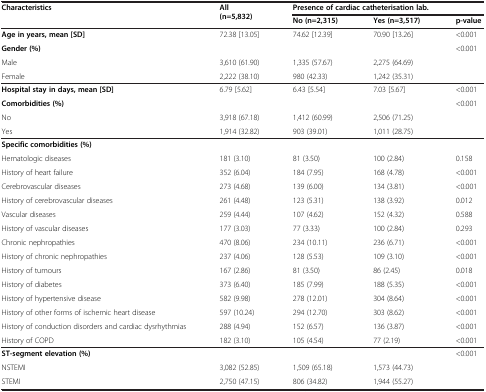
<table><thead><tr><td rowspan="2"><b>Characteristics</b></td><td rowspan="2"><b>All (n=5,832)</b></td><td colspan="3"><b>Presence of cardiac catheterisation lab.</b></td></tr><tr><td><b>No (n=2,315)</b></td><td><b>Yes (n=3,517)</b></td><td><b>p-value</b></td></tr></thead><tbody><tr><td><b>Age in years, mean [SD]</b></td><td>72.38 [13.05]</td><td>74.62 [12.39]</td><td>70.90 [13.26]</td><td>&lt;0.001</td></tr><tr><td><b>Gender (%)</b></td><td> </td><td> </td><td> </td><td>&lt;0.001</td></tr><tr><td>Male</td><td>3,610 (61.90)</td><td>1,335 (57.67)</td><td>2,275 (64.69)</td><td> </td></tr><tr><td>Female</td><td>2,222 (38.10)</td><td>980 (42.33)</td><td>1,242 (35.31)</td><td> </td></tr><tr><td><b>Hospital stay in days, mean [SD]</b></td><td>6.79 [5.62]</td><td>6.43 [5.54]</td><td>7.03 [5.67]</td><td>&lt;0.001</td></tr><tr><td><b>Comorbidities (%)</b></td><td> </td><td> </td><td> </td><td>&lt;0.001</td></tr><tr><td>No</td><td>3,918 (67.18)</td><td>1,412 (60.99)</td><td>2,506 (71.25)</td><td> </td></tr><tr><td>Yes</td><td>1,914 (32.82)</td><td>903 (39.01)</td><td>1,011 (28.75)</td><td> </td></tr><tr><td><b>Specific comorbidities (%)</b></td><td> </td><td> </td><td> </td><td> </td></tr><tr><td>Hematologic diseases</td><td>181 (3.10)</td><td>81 (3.50)</td><td>100 (2.84)</td><td>0.158</td></tr><tr><td>History of heart failure</td><td>352 (6.04)</td><td>184 (7.95)</td><td>168 (4.78)</td><td>&lt;0.001</td></tr><tr><td>Cerebrovascular diseases</td><td>273 (4.68)</td><td>139 (6.00)</td><td>134 (3.81)</td><td>&lt;0.001</td></tr><tr><td>History of cerebrovascular diseases</td><td>261 (4.48)</td><td>123 (5.31)</td><td>138 (3.92)</td><td>0.012</td></tr><tr><td>Vascular diseases</td><td>259 (4.44)</td><td>107 (4.62)</td><td>152 (4.32)</td><td>0.588</td></tr><tr><td>History of vascular diseases</td><td>177 (3.03)</td><td>77 (3.33)</td><td>100 (2.84)</td><td>0.293</td></tr><tr><td>Chronic nephropathies</td><td>470 (8.06)</td><td>234 (10.11)</td><td>236 (6.71)</td><td>&lt;0.001</td></tr><tr><td>History of chronic nephropathies</td><td>237 (4.06)</td><td>128 (5.53)</td><td>109 (3.10)</td><td>&lt;0.001</td></tr><tr><td>History of tumours</td><td>167 (2.86)</td><td>81 (3.50)</td><td>86 (2.45)</td><td>0.018</td></tr><tr><td>History of diabetes</td><td>373 (6.40)</td><td>185 (7.99)</td><td>188 (5.35)</td><td>&lt;0.001</td></tr><tr><td>History of hypertensive disease</td><td>582 (9.98)</td><td>278 (12.01)</td><td>304 (8.64)</td><td>&lt;0.001</td></tr><tr><td>History of other forms of ischemic heart disease</td><td>597 (10.24)</td><td>294 (12.70)</td><td>303 (8.62)</td><td>&lt;0.001</td></tr><tr><td>History of conduction disorders and cardiac dysrhythmias</td><td>288 (4.94)</td><td>152 (6.57)</td><td>136 (3.87)</td><td>&lt;0.001</td></tr><tr><td>History of COPD</td><td>182 (3.10)</td><td>105 (4.54)</td><td>77 (2.19)</td><td>&lt;0.001</td></tr><tr><td><b>ST-segment elevation (%)</b></td><td> </td><td> </td><td> </td><td>&lt;0.001</td></tr><tr><td>NSTEMI</td><td>3,082 (52.85)</td><td>1,509 (65.18)</td><td>1,573 (44.73)</td><td> </td></tr><tr><td>STEMI</td><td>2,750 (47.15)</td><td>806 (34.82)</td><td>1,944 (55.27)</td><td> </td></tr></tbody></table>